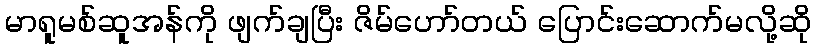
မာရူမစ်ဆူအန်ကို ဖျက်ချပြီး ဇိမ်ဟော်တယ် ပြောင်းဆောက်မလို့ဆို